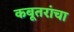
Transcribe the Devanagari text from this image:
कबूतरांचा